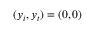
( y _ { i } , y _ { t } ) = ( 0 , 0 )